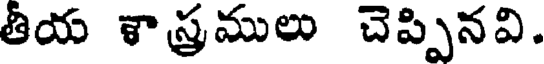
తియ శాస్త్రములు చెప్పినవి.